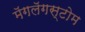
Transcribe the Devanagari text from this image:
मॅगलॅगस्टोम